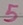
Text: 5